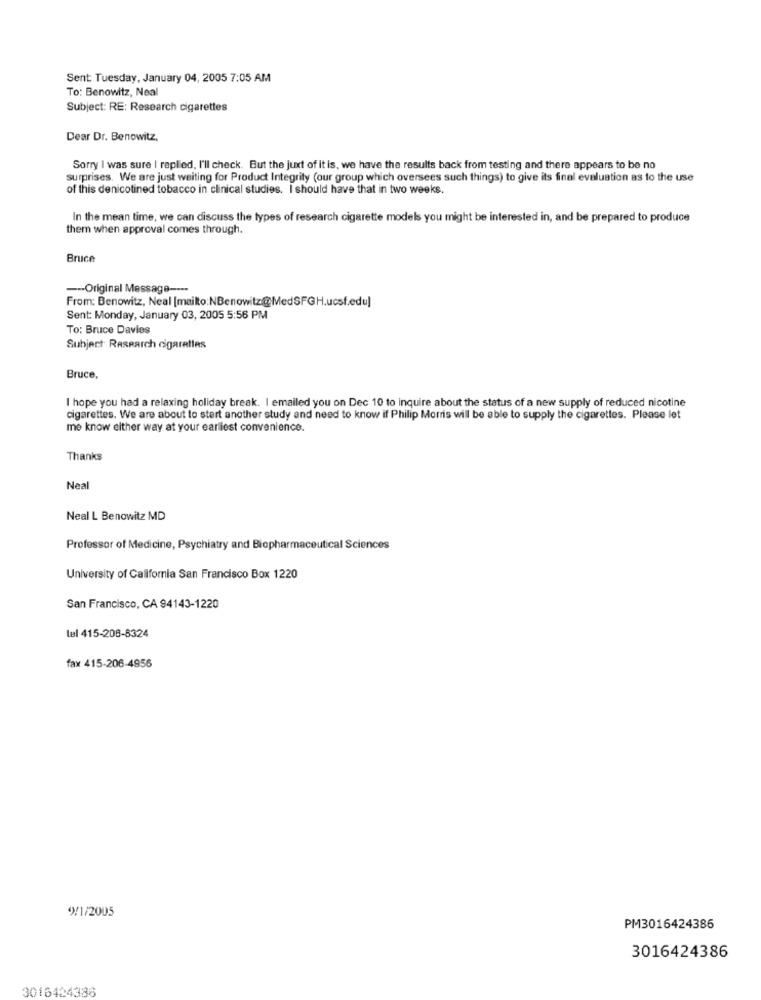
Sent: Tuesday, January 04, 2005 7:05 AM
To: Benowitz, Neal
Subject: RE: Research cigarettes
Dear Dr. Benowitz,
Sorry I was sure I replied, I'll check. But the juxt of it is, we have the results back from testing and there appears to be no
surprises. We are just waiting for Product Integrity (our group which oversees such things) to give its final evaluation as to the use
of this denicotined tobacco in clinical studies. I should have that in two weeks.
In the mean time, we can discuss the types of research cigarette models you might be interested in, and be prepared to produce
them when approval comes through.
Bruce
--- Original Message ----
From: Benowitz, Neal [mailto:NBenowitz@MedSFGH.ucsf.edu]
Sent: Monday, January 03, 2005 5:56 PM
To: Bruce Davies
Subject Research cigarettes
Bruce,
I hope you had a relaxing holiday break. I emailed you on Dec 10 to inquire about the status of a new supply of reduced nicotine
cigarettes. We are about to start another study and need to know if Philip Morris will be able to supply the cigarettes. Please let
me know either way at your earliest convenience.
Thanks
Neal
Neal L Benowitz MD
Professor of Medicine, Psychiatry and Biopharmaceutical Sciences
University of California San Francisco Box 1220
San Francisco, CA 94143-1220
tel 415-208-8324
fax 415-206-4956
4)/1/2005
PM3016424386
3016424386
3016424386